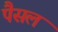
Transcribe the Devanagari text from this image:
पैसल